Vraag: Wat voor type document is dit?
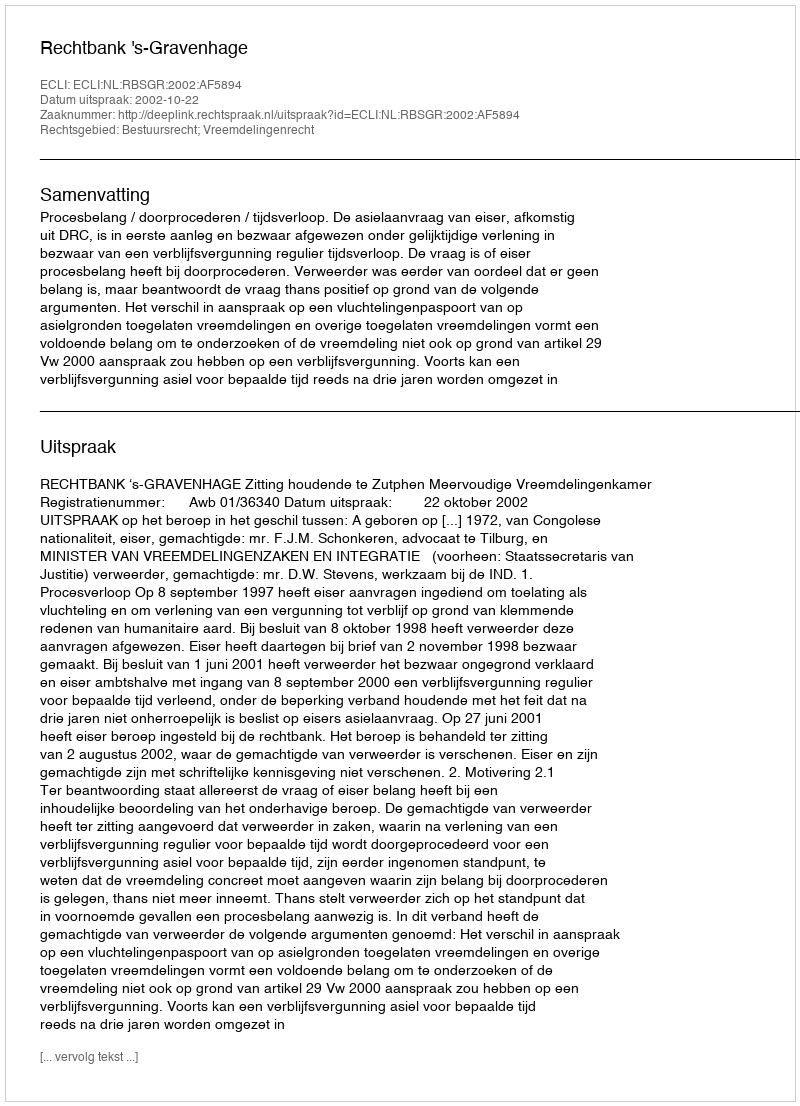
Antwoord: Uitspraak